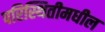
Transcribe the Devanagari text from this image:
परिस्थितीमधील